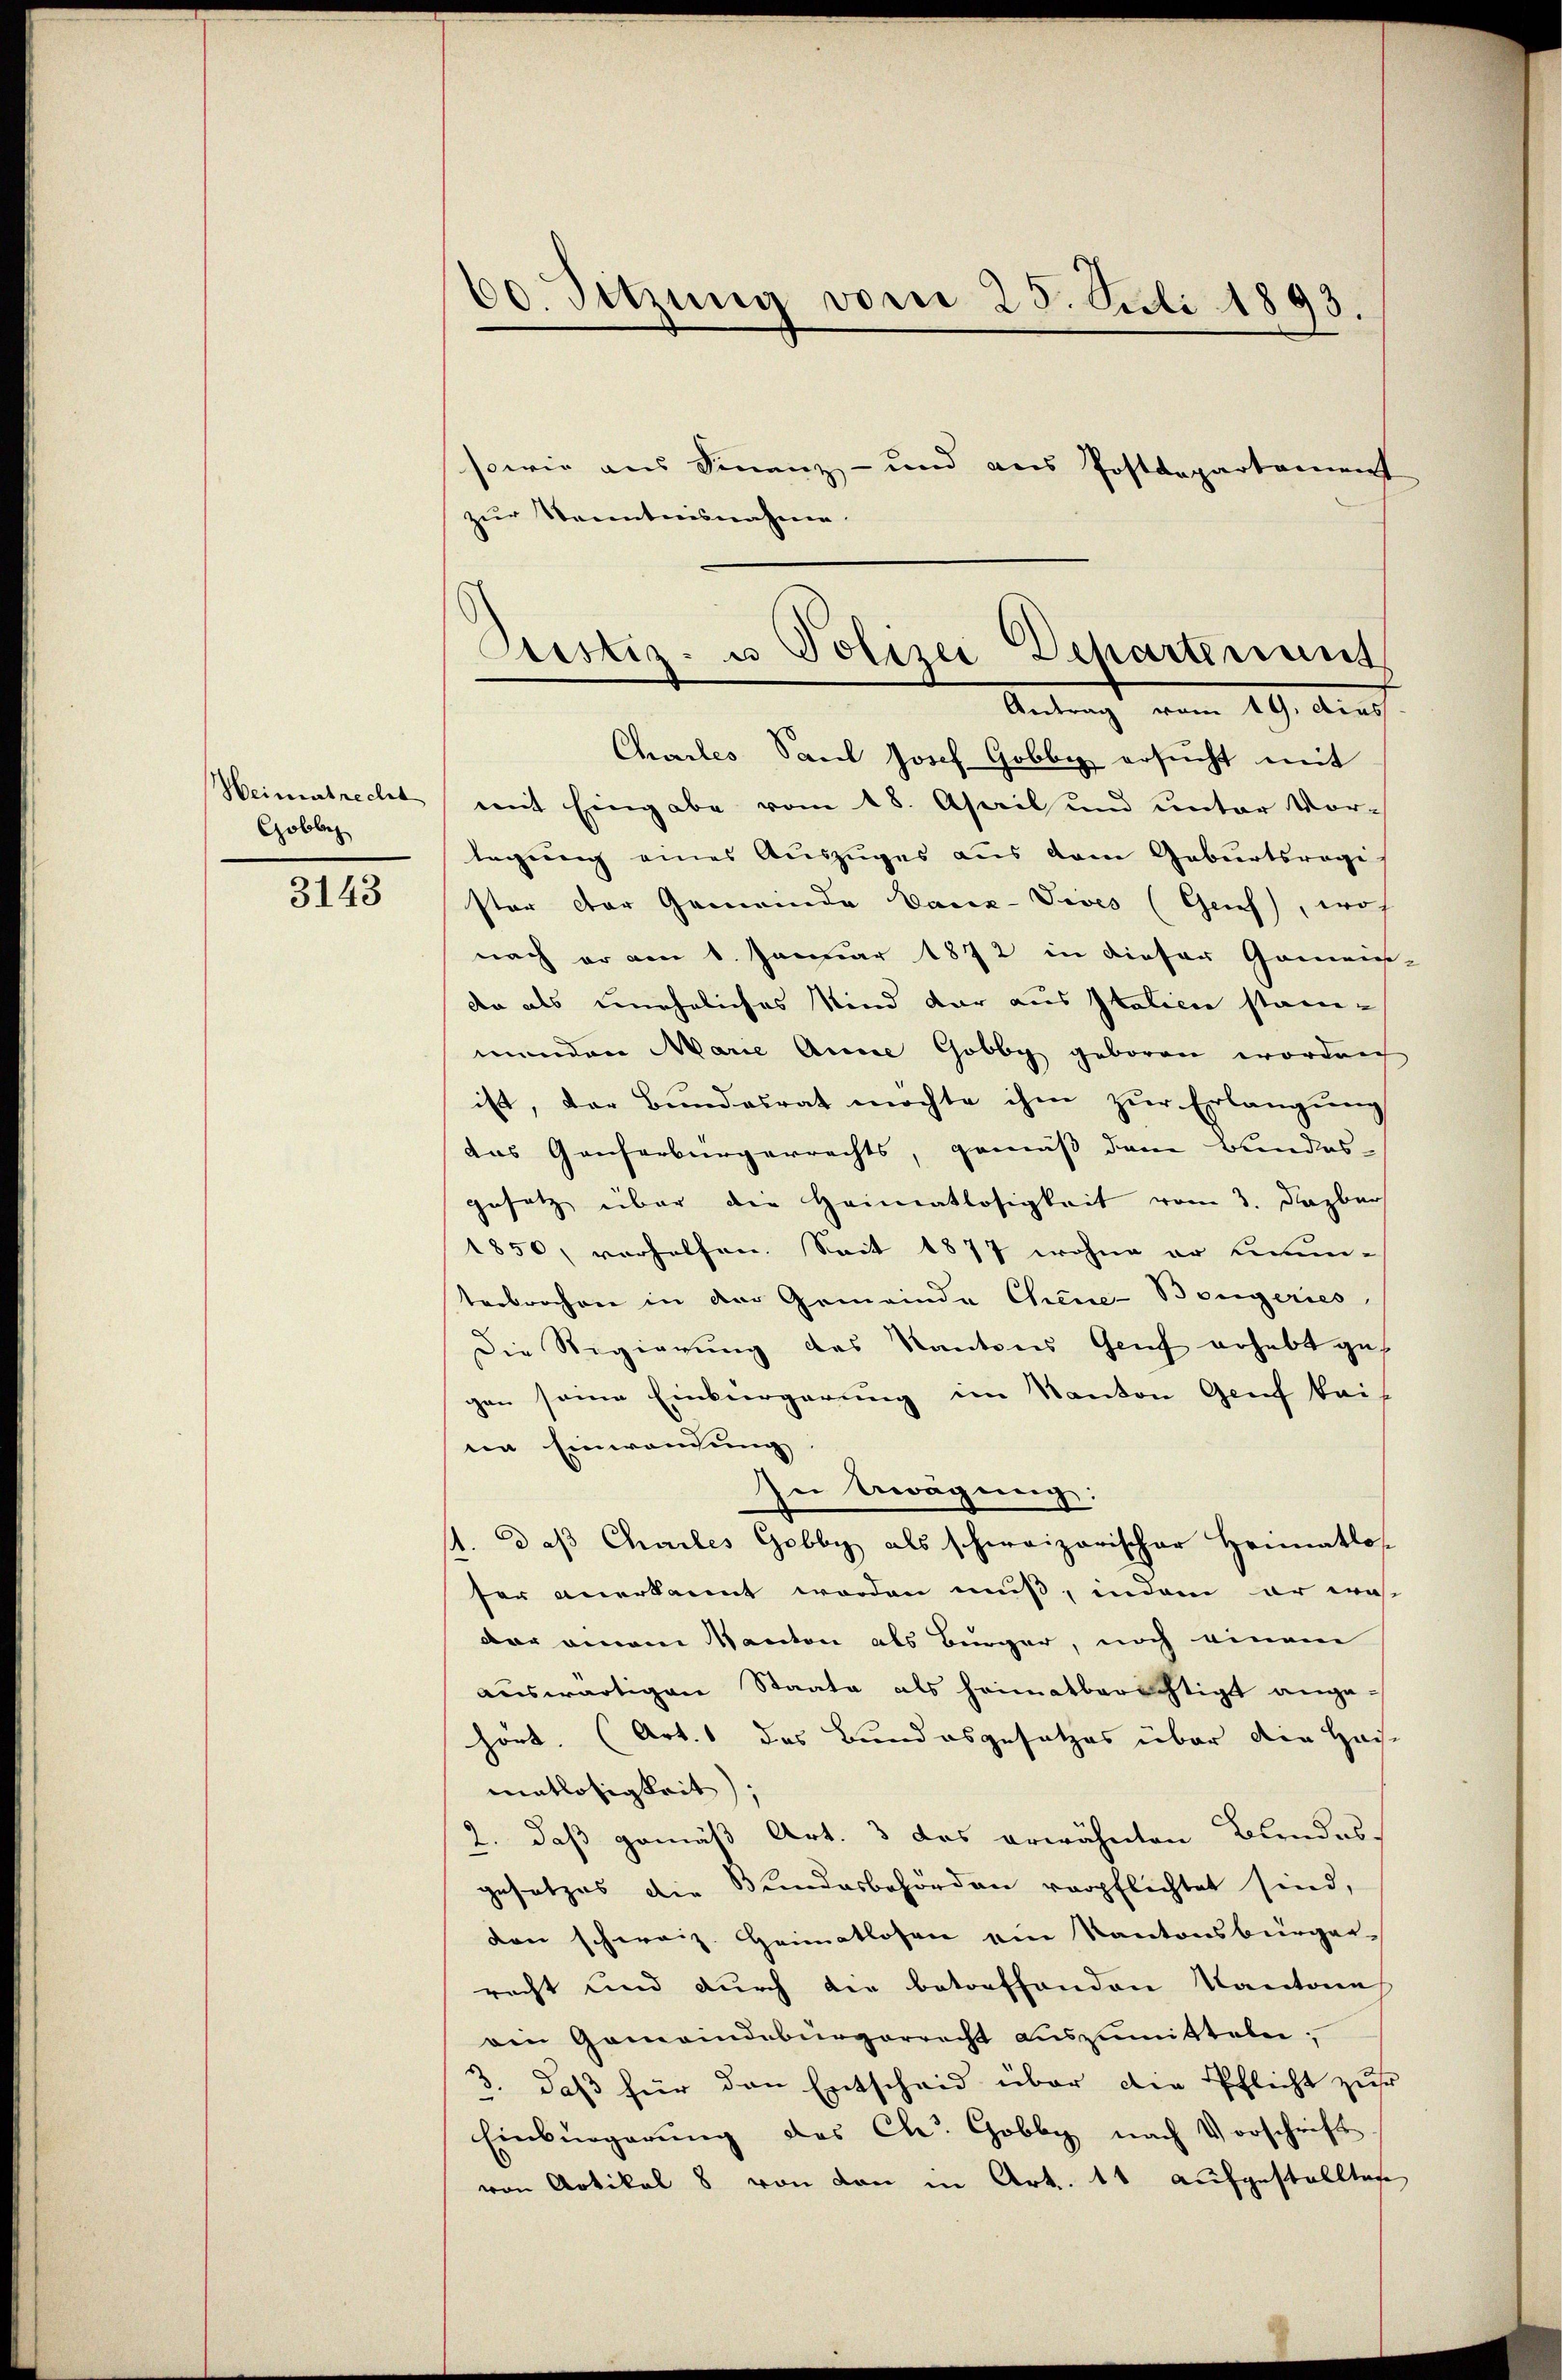
Heinentrecht
Gobbe

3143

00. Sitzung vom 25. Juli 1893.
sowie aus Finanz- und aus Postdepartement

zur Kenntnisnahme.
Chales Paul Josef Gobbig ersucht mit
mit Eingabe vom 18. April und unter Vor-
legung eines Auszuges aus dem Geburtsregis
ster der Gemeinde Bauz-Vives (Grief, woh
nach er am 1. Januar 1872 in dieser Gemeins-
da als uneheliches Kind dar aus Italicie stan-
manden Marie Anna Gobby geboren worden
ist, der Bundesrat möchte ihm zur Erlangung
das Ganzerbürgerrechts, gemäss dem Bundes-
gesetz über die Heimatlosigkeit vom 3. Dazbar
1850, verhelfen. Seit 1877 wohne er hinun-
terbrochen in der Gemeinde Chine-Bougeries
Die Regierung des Kantons Genf erhebt get
gen seine Einbürgerung im Kanton Genf kais
im Einwandung
In Beragung:
1. daß Chailes Gobby als schweizerischer Heimatlos
ser anerkannt worden muß, indem er was
der einem Kanton als Bürger, noch einem
auswärtigen Staate als heimatberechtigt ange-
hört. (Art. 1 das Bundesgesetzes über den Haumatlosigkeit;
2. daß gemäß Art. 3 das erwähnten Blindes.
gesetzes die Bundesbehörden verpflichtet sind,
den schweiz. Heimatlosen ein Kantonsbürger-
racht und durch die betreffenden Kantone
von Gemeindebürgerrecht auszumitteln;
3. daß für den Entscheid über die Pflicht zur
Einbürgerung des Chr. Gobby nach Vorschrift
von Artikel 8 von den in Art. 11 aufgestellten

Custiz- u Polizei Schartenant
Antragt vom 19. durch